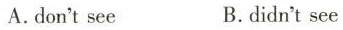
A.don'tsee B.didn't see